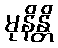
မုနိန္တိ